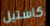
كاستيل